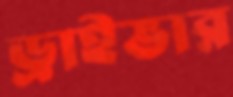
ড্রাইভার